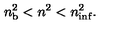
n _ { \mathrm { b } } ^ { 2 } < n ^ { 2 } < n _ { \mathrm { i n f } } ^ { 2 } .